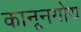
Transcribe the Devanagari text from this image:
कानूनगोय